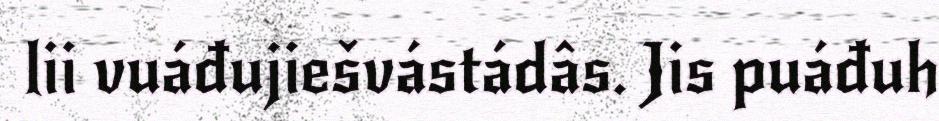
lii vuáđujiešvástádâs. Jis puáđuh